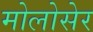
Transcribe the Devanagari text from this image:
मोलोसेर